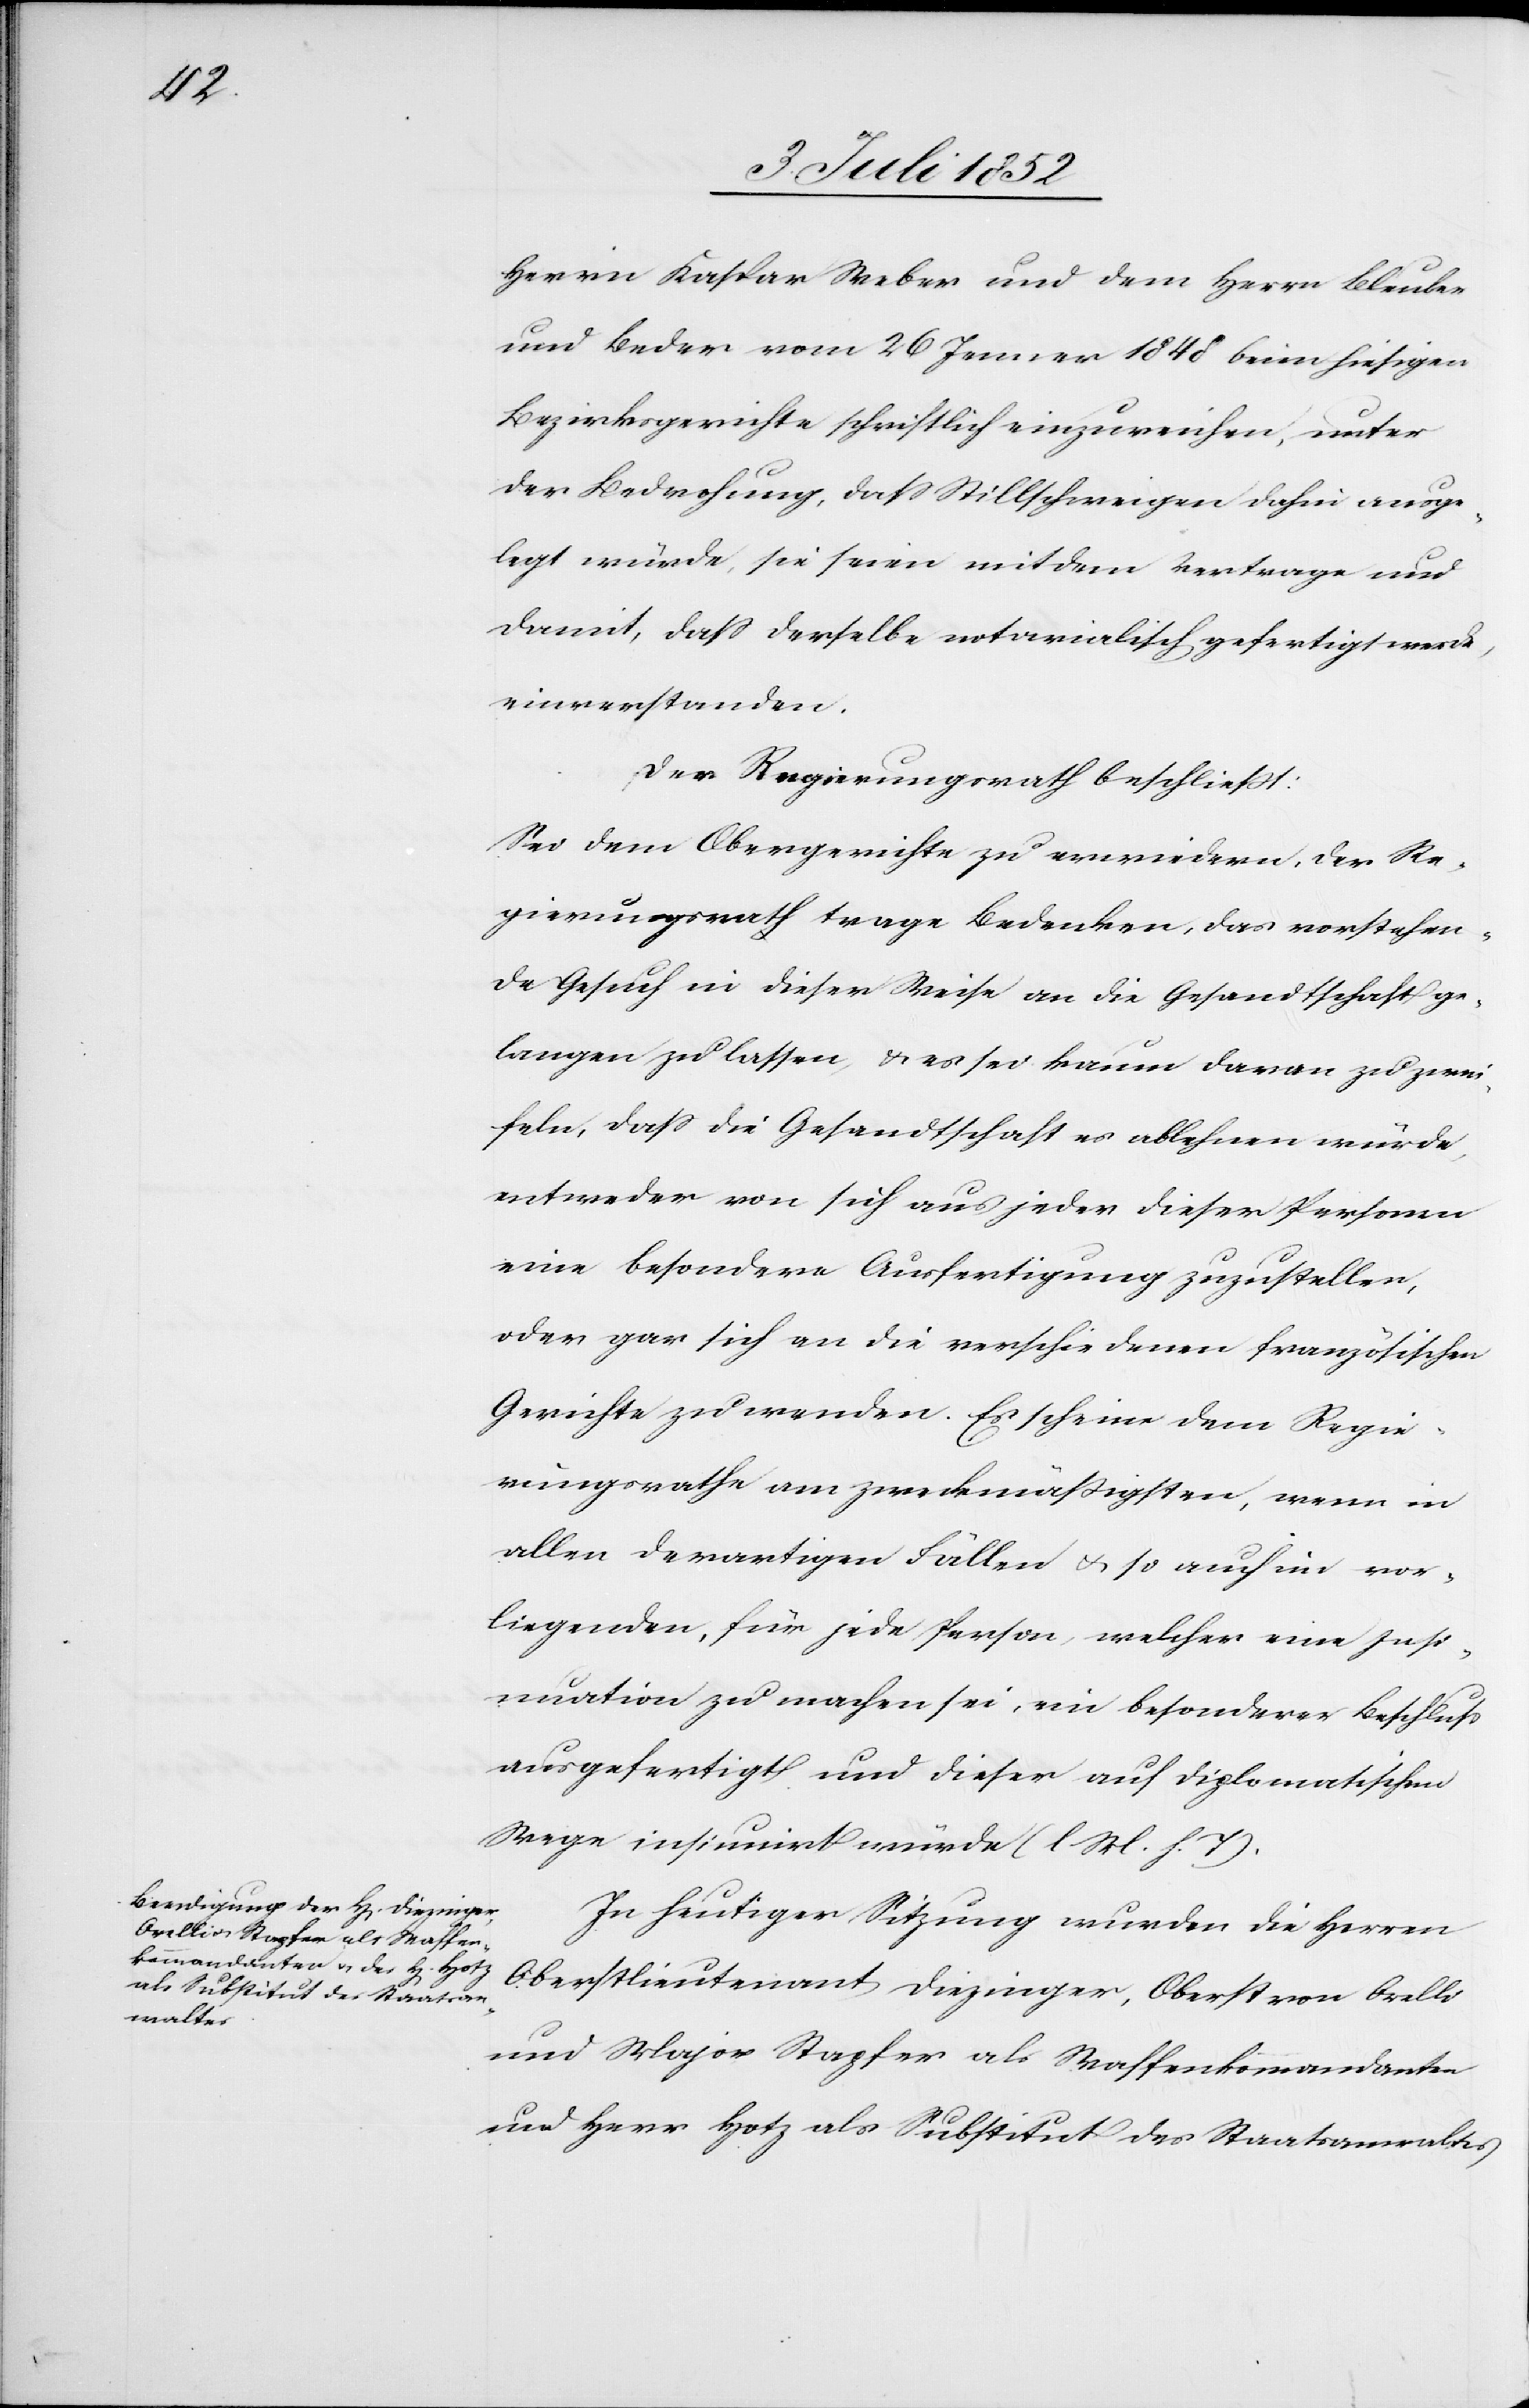
Herrn Kaspar Weber und dem [sic!] Herrn Bleuler
und Beder vom 26 Jenner 1848 beim hiesigen
Bezirksgerichte schriftlich einzureichen, unter
der Bedrohung, dass Stillschweigen dahin ausge¬
legt würde, sie seien mit dem Vertrage und
damit, dass derselbe notarialisch gefertigt werde,
einverstanden.
Der Regierungsrath beschließt:
Sei dem Obergerichte zu erwiedern, der Re¬
gierungsrath trage Bedenken, das vorstehen¬
de Gesuch in dieser Weise an die Gesandtschaft ge¬
langen zu lassen, & es sei kaum daran zu zwei¬
feln, dass die Gesandtschaft es ablehnen würde,
entweder von sich aus jeder dieser Personen
eine besondere Ausfertigung zuzustellen,
oder gar sich an die verschiedenen französischen
Gerichte zu wenden. Es scheine dem Regie¬
rungsrathe am zweckmäßigsten, wenn in
allen derartigen Fällen & so auch im vor¬
liegenden, für jede Person, welcher eine Insi¬
nuation zu machen sei, ein besonderer Beschluß
ausgefertigt und dieser auf diplomatischem
Wege insinuirt würde (l M. h. T).
In heutiger Sitzung wurden die Herren
Oberstlieutenant Diezinger, Oberst von Orelli
und Major Stapfer als Waffenkommandanten
und Herr Hotz als Substitut des Staatsanwaltes